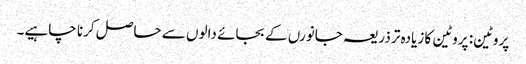
پروٹین: پروٹین کا زیادہ تر ذریعہ جانورں کے بجائے دالوں سے حاصل کرنا چاہیے۔